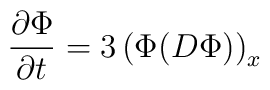
{\partial \Phi\over \partial t} = 3 \left(\Phi(D\Phi)\right)_{x}